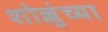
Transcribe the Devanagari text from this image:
शोल्लुंच्या